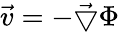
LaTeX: \vec{v}=-\vec{\bigtriangledown}\Phi